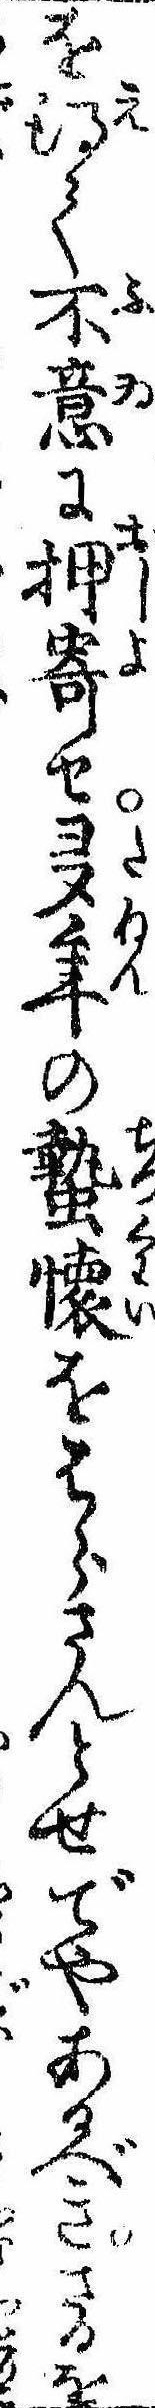
を得て不意に押寄せ多年の蟄懐をはらさんとせでやあるべきさるを